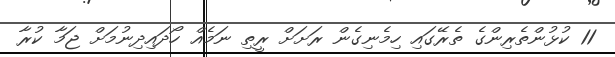
11 ކުޅުންތެރިންގެ ތެރޭގައި ހިމެނިގެން ރަށަށް ރީތި ނަމެއް ހޯދައިދިނުމަށް ޖަމާ ކުރާ